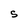
Character: S